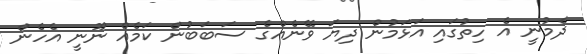
ދެމުނީ އެ ހިތުގައި އަޅަމުން ދިޔަ ވޭނެއްގެ ސަބަބުން ކަމެއް ނޫނީ އެހެން